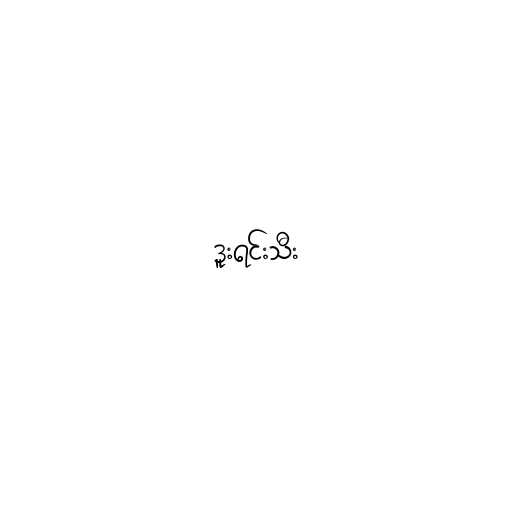
ဒူးရင်းသီး